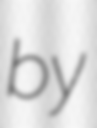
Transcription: by